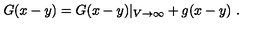
G ( x - y ) = G ( x - y ) \vert _ { V \to \infty } + g ( x - y ) \ .